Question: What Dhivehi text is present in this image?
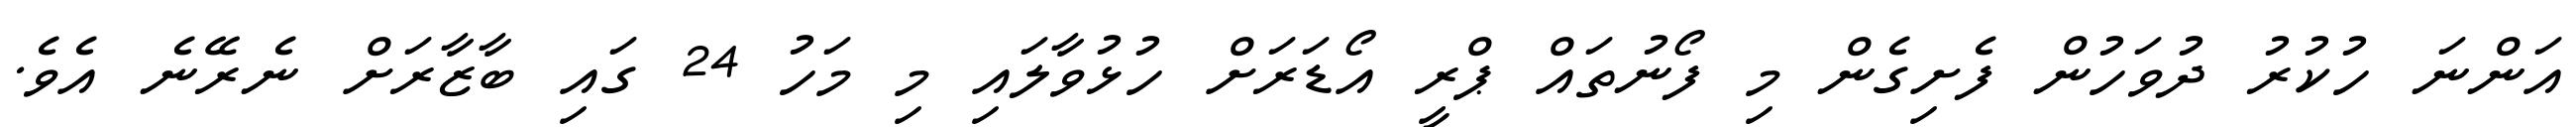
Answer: އަންނަ ހުކުރު ދުވަހުން ފެށިގެން މި ފޯނުތައް ޕްރީ އޯޑަރަށް ހުޅުވާލައި މި މަހު 24 ގައި ބާޒާރަށް ނެރޭނެ އެވެ.